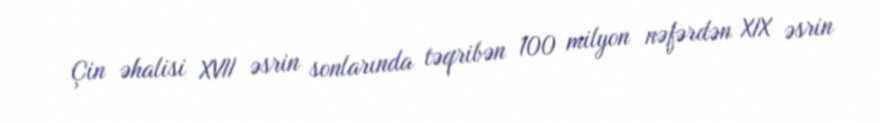
Çin əhalisi XVII əsrin sonlarında təqribən 100 milyon nəfərdən XIX əsrin